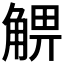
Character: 𧤃